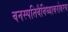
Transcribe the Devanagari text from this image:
वनस्पतिवैविध्याबरोबरच